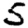
Digit: 5